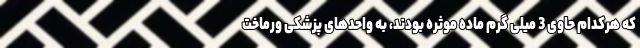
که هرکدام حاوی 3 میلی گرم ماده موثره بودند، به واحدهای پزشکی ورماخت